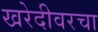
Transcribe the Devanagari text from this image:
खरेदीवरचा